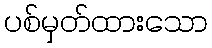
ပစ်မှတ်ထားသော